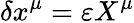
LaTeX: \delta x^{\mu}=\varepsilon X^{\mu}